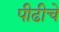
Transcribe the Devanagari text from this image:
पीढीचे